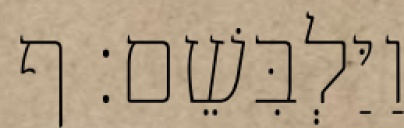
וַיַּלְבִּשֵׁם׃ ף